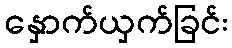
နှောက်ယှက်ခြင်း